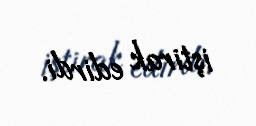
iştirak edirdi.